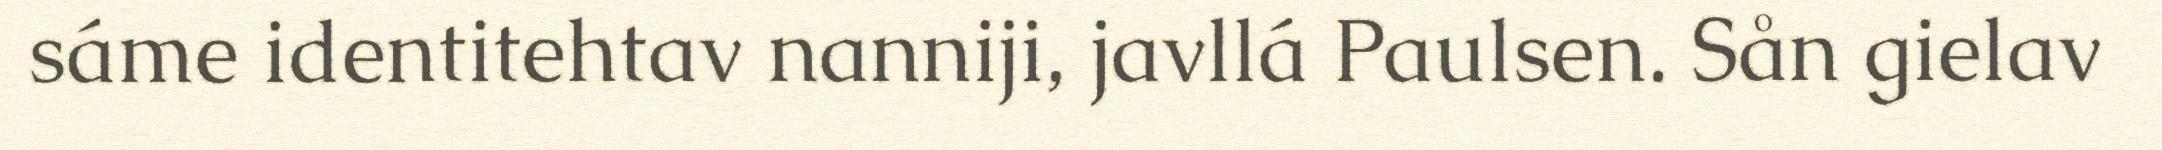
sáme identitehtav nanniji, javllá Paulsen. Sån gielav